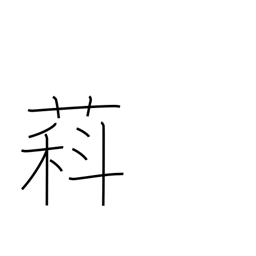
Meaning: type of wisteria